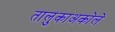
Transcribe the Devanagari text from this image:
तालुकाअकोले